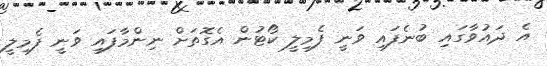
އެ ދައުވާގައި ބުނެފައި ވަނީ ފެމިލީ ކޯޓުން އެގޮތަށް ނިންމާފައި ވަނީ ފެމިލީ